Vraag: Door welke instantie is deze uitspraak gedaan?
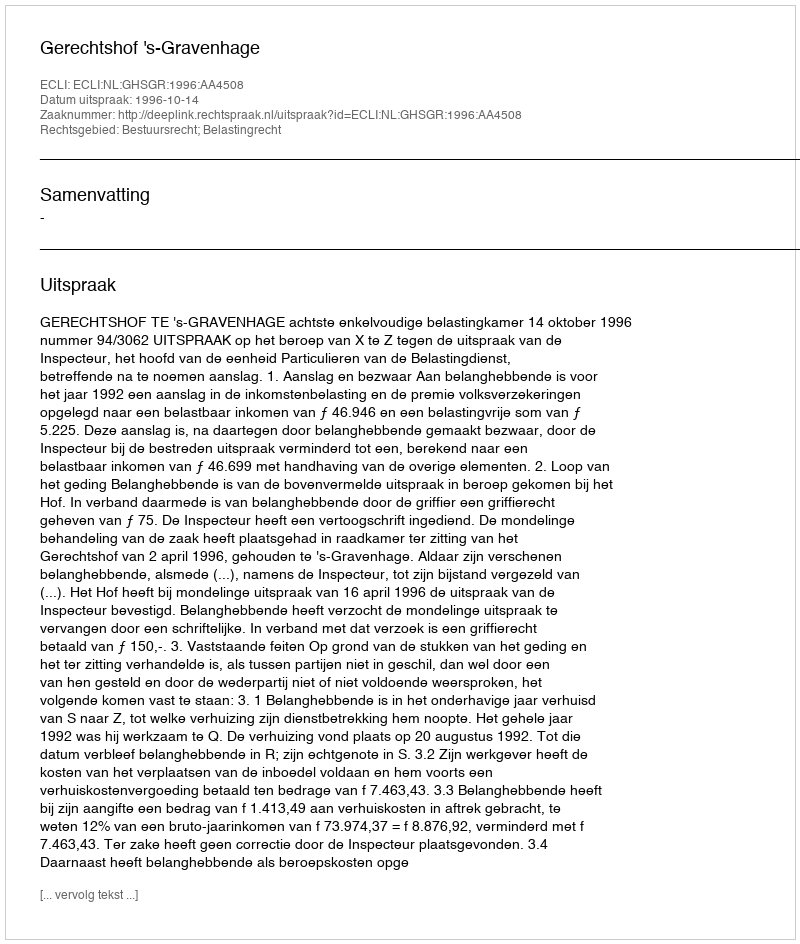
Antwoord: Gerechtshof 's-Gravenhage